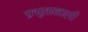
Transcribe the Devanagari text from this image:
प्रभुताशाली